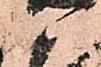
衛